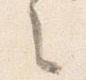
之